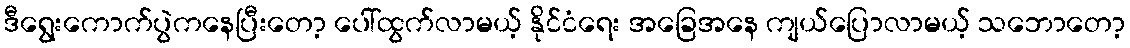
ဒီရွေးကောက်ပွဲကနေပြီးတော့ ပေါ်ထွက်လာမယ့် နိုင်ငံရေး အခြေအနေ ကျယ်ပြောလာမယ့် သဘောတော့